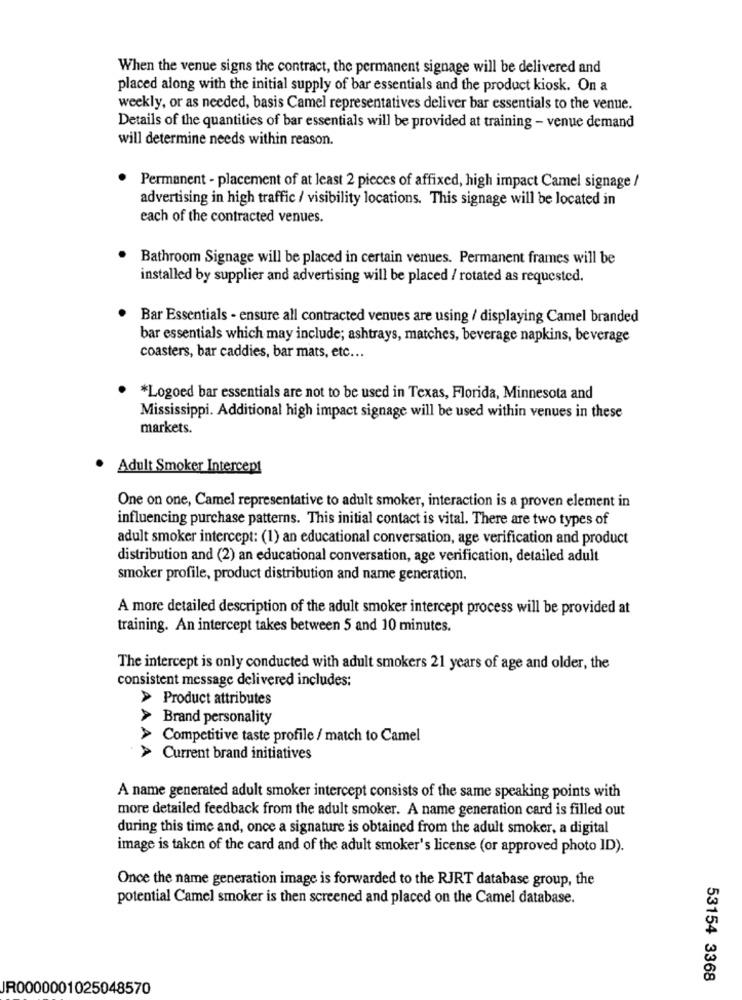
When the venue signs the contract, the permanent signage will be delivered and
placed along with the initial supply of bar essentials and the product kiosk. On a
weekly, or as needed, basis Camel representatives deliver bar essentials to the venue.
Details of the quantities of bar essentials will be provided at training - venue demand
will determine needs within reason.
Permanent - placement of at least 2 pieces of affixed, high impact Camel signage /
advertising in high traffic / visibility locations. This signage will be located in
each of the contracted venues.
Bathroom Signage will be placed in certain venues. Permanent frames will be
installed by supplier and advertising will be placed / rotated as requested.
Bar Essentials - ensure all contracted venues are using / displaying Camel branded
bar essentials which may include; ashtrays, matches, beverage napkins, beverage
coasters, bar caddies, bar mats, etc ...
*Logoed bar essentials are not to be used in Texas, Florida, Minnesota and
Mississippi. Additional high impact signage will be used within venues in these
markets.
. Adult Smoker Intercept
One on one, Camel representative to adult smoker, interaction is a proven element in
influencing purchase patterns. This initial contact is vital. There are two types of
adult smoker intercept: (1) an educational conversation, age verification and product
distribution and (2) an educational conversation, age verification, detailed adult
smoker profile, product distribution and name generation.
A more detailed description of the adult smoker intercept process will be provided at
training. An intercept takes between 5 and 10 minutes.
The intercept is only conducted with adult smokers 21 years of age and older, the
consistent message delivered includes:
> Product attributes
> Brand personality
> Competitive taste profile / match to Camel
AAA.
> Current brand initiatives
A name generated adult smoker intercept consists of the same speaking points with
more detailed feedback from the adult smoker. A name generation card is filled out
during this time and, once a signature is obtained from the adult smoker, a digital
image is taken of the card and of the adult smoker's license (or approved photo ID).
Once the name generation image is forwarded to the RJRT database group, the
potential Camel smoker is then screened and placed on the Camel database.
53154 3368
JR0000001025048570